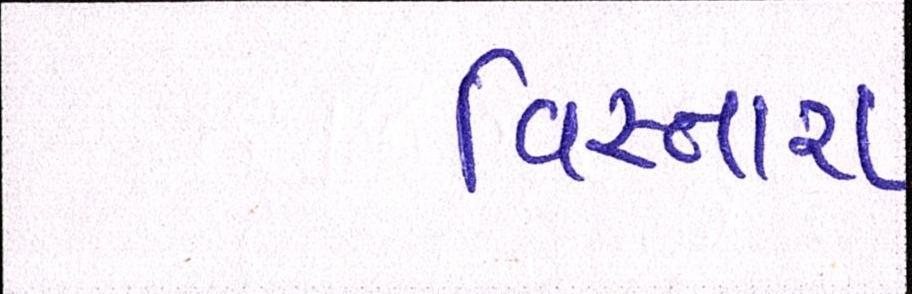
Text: વિસ્તારા